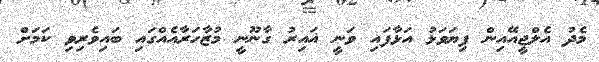
މެދު އެލްޖީއޭއިން ފިޔަވަޅު އަޅާފައި ވަނީ ޣައިރު ގާނޫނީ މުޒާހަރާއެއްގައި ބައިވެރިވި ކަމަށް